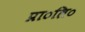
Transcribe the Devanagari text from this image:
प्रा०लि०